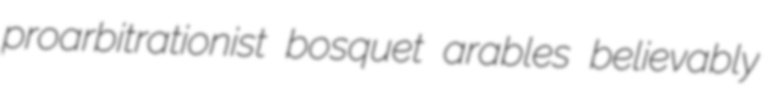
proarbitrationist bosquet arables believably